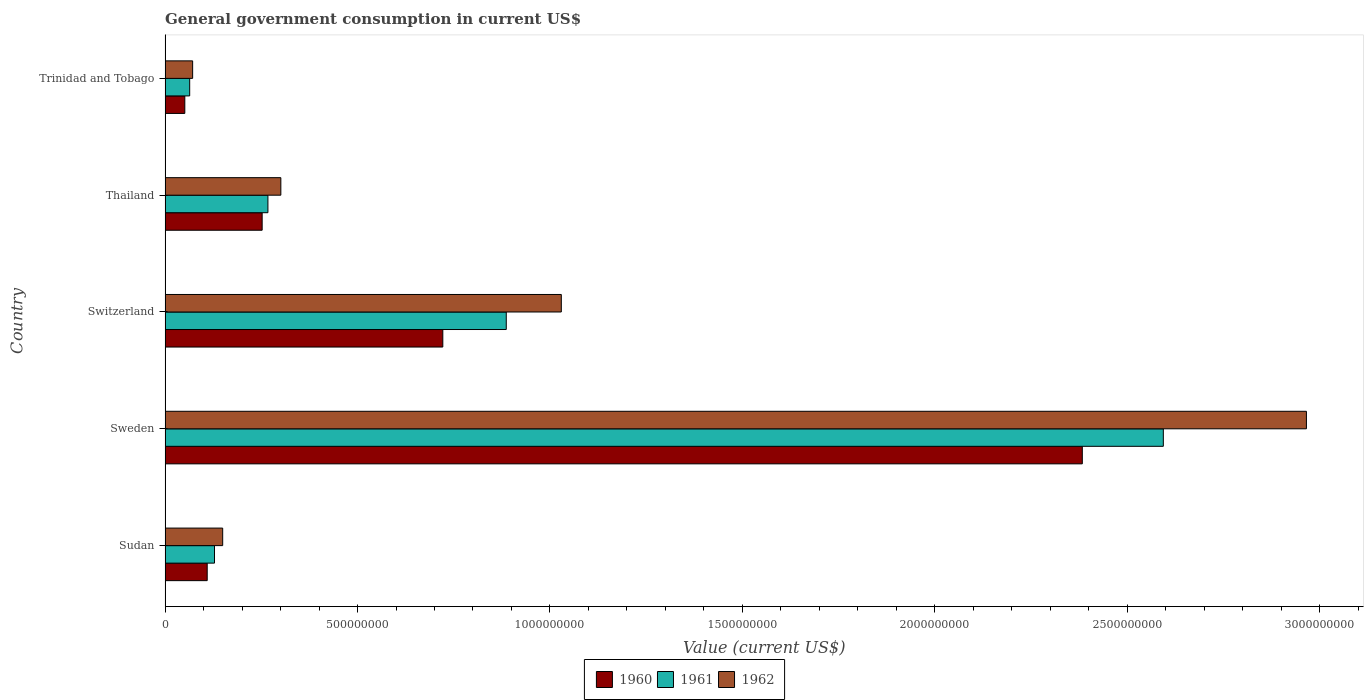
| Country | 1960 | 1961 | 1962 |
 | --- | --- | --- | --- |
 | Sudan | 1.09e+08 | 1.28e+08 | 1.5e+08 |
 | Sweden | 2.38e+09 | 2.59e+09 | 2.97e+09 |
 | Switzerland | 7.22e+08 | 8.86e+08 | 1.03e+09 |
 | Thailand | 2.52e+08 | 2.67e+08 | 3.01e+08 |
 | Trinidad and Tobago | 5.12e+07 | 6.39e+07 | 7.16e+07 |